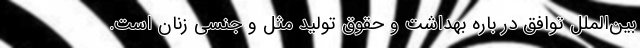
بین‌الملل توافق در باره بهداشت و حقوق تولید مثل و جنسی زنان است.